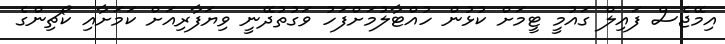
އިމޭޖެސް ފައިލް ގައުމީ ޓީމަށް ކުޅުން ހުއްޓާލުމަށްފަހު ވަގުތުދޭނީ ވިޔަފާރިއަށް ކަމަށާއި ކޯޗިންގެ